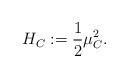
LaTeX: \begin{align*}H_C := \frac{1}{2} \mu_C^2.\end{align*}